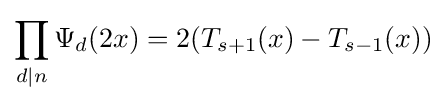
\prod _{d\mid n}\Psi _{d}(2x)=2(T_{s+1}(x)-T_{s-1}(x))